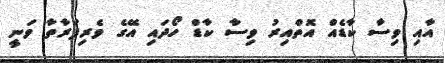
އާއި ވިސާ ކާޑެއް އޮތްއިރު ވިސާ ކާޑް ހޯދައި އޭގެ ވެރިފަރާތާ ވަނީ